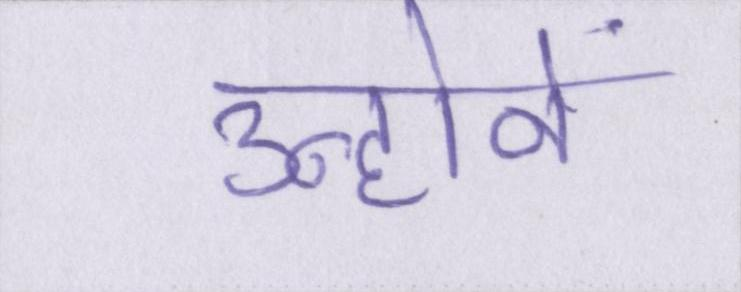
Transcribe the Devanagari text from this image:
उन्होनें